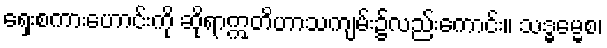
ရှေးစကားဟောင်းကို ဆိုရာဣတိဟာသကျမ်း၌လည်းကောင်း။ သဒ္ဓမ္မေစ၊